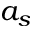
a _ { s }